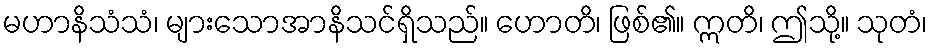
မဟာနိသံသံ၊ များသောအာနိသင်ရှိသည်။ ဟောတိ၊ ဖြစ်၏။ ဣတိ၊ ဤသို့။ သုတံ၊